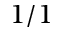
1 / 1